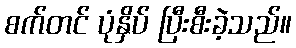
စက်တင် ပုံနှိပ် ပြီးစီးခဲ့သည်။